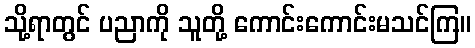
သို့ရာတွင် ပညာကို သူတို့ ကောင်းကောင်းမသင်ကြ။